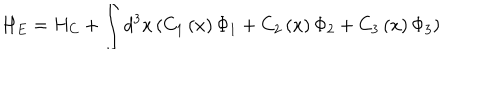
H _ { E } = H _ { C } + \int d ^ { 3 } x \left( C _ { 1 } \left( x \right) \Phi _ { 1 } + C _ { 2 } \left( x \right) \Phi _ { 2 } + C _ { 3 } \left( x \right) \Phi _ { 3 } \right)